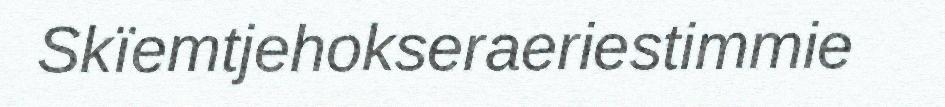
Skïemtjehokseraeriestimmie